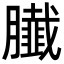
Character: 𦢙